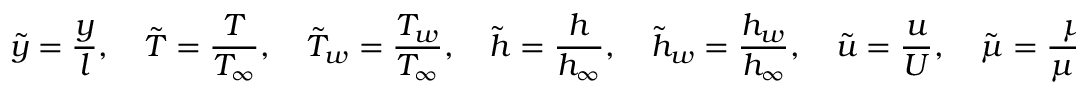
{ \tilde { y } } = { \frac { y } { l } } , \quad { \tilde { T } } = { \frac { T } { T _ { \infty } } } , \quad { \tilde { T } } _ { w } = { \frac { T _ { w } } { T _ { \infty } } } , \quad { \tilde { h } } = { \frac { h } { h _ { \infty } } } , \quad { \tilde { h } } _ { w } = { \frac { h _ { w } } { h _ { \infty } } } , \quad { \tilde { u } } = { \frac { u } { U } } , \quad { \tilde { \mu } } = { \frac { \mu } { \mu _ { \infty } } } , \quad { \tilde { \tau } } _ { w } = { \frac { \tau _ { w } } { \mu _ { \infty } U / l } }